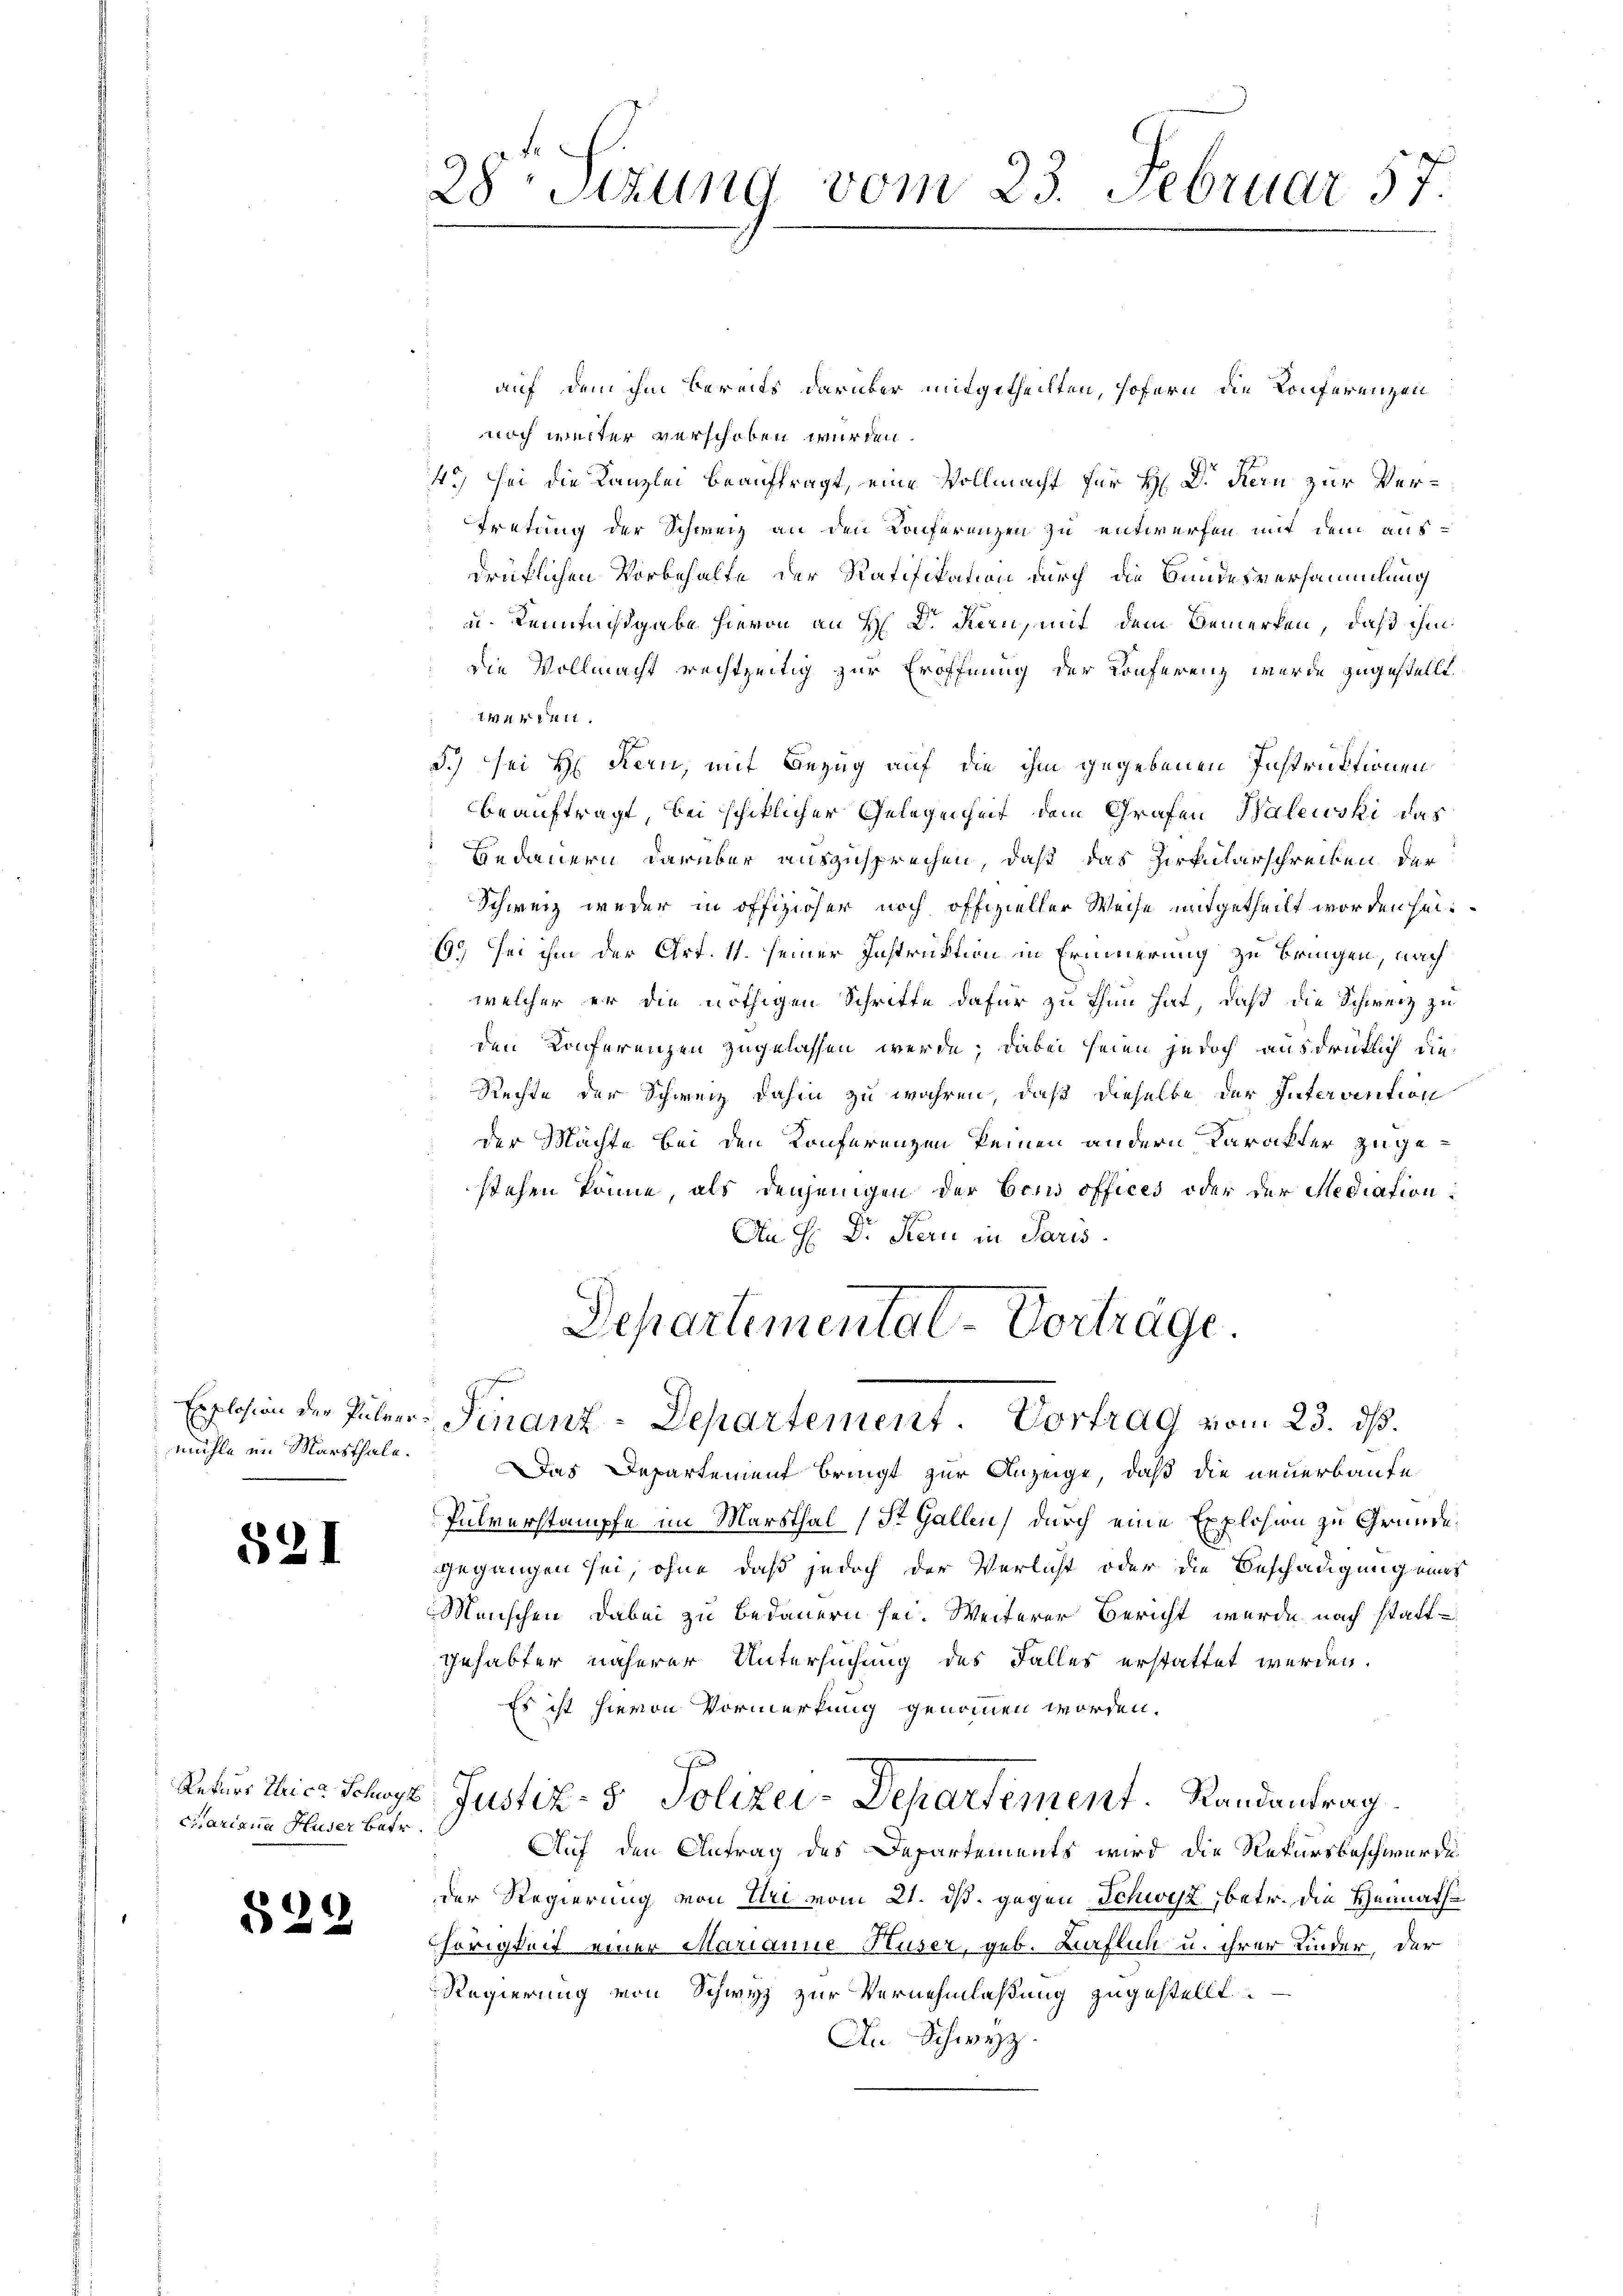
Explosion der Pulvermühle im Märsthale.

531

Rekurs Ihrice Schwyz
culariana Huser Betr.

§22

28 Sitzung vom 23. Februar 57.

auf dem ihm bereits darüber mitgetheilten, Hofern die Konferenzen
 noch weiter verschoben wurden.
4.) Sei die Kanzlei beauftragt, eine Vollmacht für H. D. Kein zur Vertretung der Schweiz an den Konferenzen zu entwerfen mit dem ausdrüklichen Vorbehalte der Ratifikation durch die Bundesversammlung
u Kenntnißgabe hievon an H. D. Kern mit dem Bemerken, daß ihm
die Vollmacht rechtzeitig zur Eröffnung der Konferenz wurde zugestellt.
M4 411.
3.) sei H. Kern, mit Bezug auf die ihm gegebenen Instruktionen
beauftragt, bei schiklicher Gelegenheit dem Grafen Walewski das
Bedauern darüber auszusprechen, daß das Zirkularschreiben der
Schweiz weder in offiziöser noch offizieller Weise mitgetheilt worden sei.
6. sei ihm der Art. 11. seiner Instruktion in Erinnerung zu bringen, nach
welcher er die nöthigen Schritte dafür zu thun hat, daß die Schweiz zu
den Konferenzen zugelassen werde; dabei seien jedoch ausdrüklich die
Rechte der Schweiz dahin zu wahren, daß dieselbe der Intervention
der Machte bei den Konferenzen keinen andern Karakter zugestehen könne, als denjenigen der Cons offices oder der Mediation:
An H: Dr. Kern in Paris.

Departemental-Vortrage.
Finanz-Departement. Vortrag vom 23. ds.

Das Departement bringt zur Anzeige, daß die neuerbaute
Pulverstampfe im Marsthal (St. Gallen, durch eine Explosion zu Gründe,
gegangen sei, ohne daß jedoch der Verlicht oder die Beschädigung eines
Menschen dabei zu bedauern sei. Weiterer Bericht wurde nach stattgehabter näherer Untersuchung des Falles erstattet werden.
Es ist hievon Vormerkung genommen worden.
Justiz- & Polizei-Departement. Randantrag
Auf den Antrag des Departements wird die Rekursbeschwerde
der Regierung von Uri vom 21. ds. gegen Schwyz, betr. die Heimathe
hörigkeit einer Marianne Huser, geb. Lürflich u. ihrer Kinder, der
Regierung von Schwyz zur Vernehmlassung zugestellt.
An Schwyz